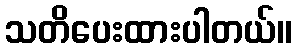
သတိပေးထားပါတယ်။